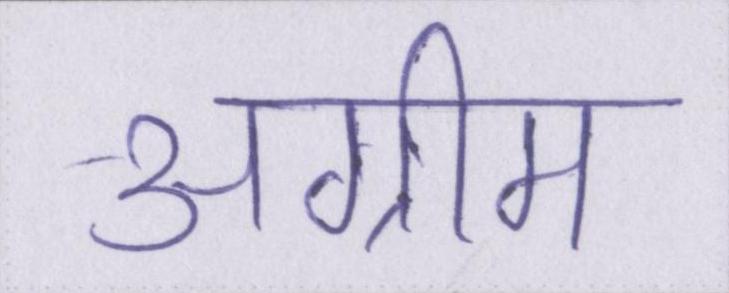
अग्रीम